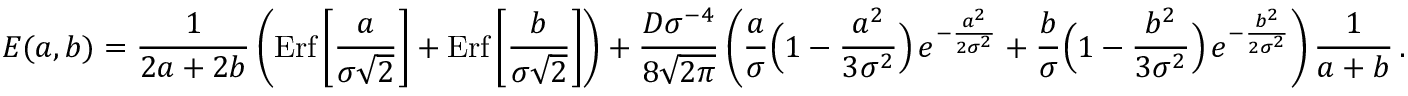
E ( a , b ) = { \frac { 1 } { 2 a + 2 b } } \left( \mathrm { E r f } \left[ { \frac { a } { \sigma \sqrt 2 } } \right] + \mathrm { E r f } \left[ { \frac { b } { \sigma \sqrt 2 } } \right] \right) + { \frac { D \sigma ^ { - 4 } } { 8 \sqrt { 2 \pi } } } \left( { \frac { a } { \sigma } } \Big ( 1 - { \frac { a ^ { 2 } } { 3 \sigma ^ { 2 } } } \Big ) \, e ^ { - { \frac { a ^ { 2 } } { 2 \sigma ^ { 2 } } } } + { \frac { b } { \sigma } } \Big ( 1 - { \frac { b ^ { 2 } } { 3 \sigma ^ { 2 } } } \Big ) \, e ^ { - { \frac { b ^ { 2 } } { 2 \sigma ^ { 2 } } } } \right) { \frac { 1 } { a + b } } \, .